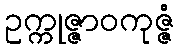
ဥက္ကုဇ္ဇာဝကုဇ္ဇံ